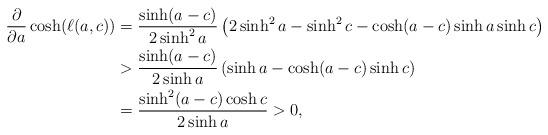
LaTeX: \begin{align*}\frac{\partial}{\partial a}\cosh(\ell(a,c))&=\frac{\sinh(a-c)}{2\sinh^2a}\left(2\sinh^2a-\sinh^2c-\cosh(a-c)\sinh a\sinh c\right)\\&>\frac{\sinh(a-c)}{2\sinh a}\left(\sinh a-\cosh(a-c)\sinh c\right)\\&=\frac{\sinh^2(a-c)\cosh c}{2\sinh a}>0,\end{align*}